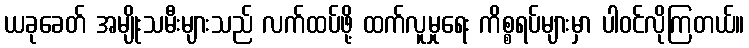
ယခုခေတ် အမျိုးသမီးများသည် လက်ထပ်ဖို့ ထက်လူမှုရေး ကိစ္စရပ်များမှာ ပါဝင်လိုကြတယ်။